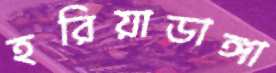
হরিয়াডাঙ্গা